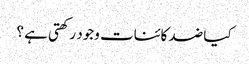
کیا ضد کائنات وجود رکھتی ہے ؟